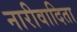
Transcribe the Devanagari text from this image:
नारीवादिता